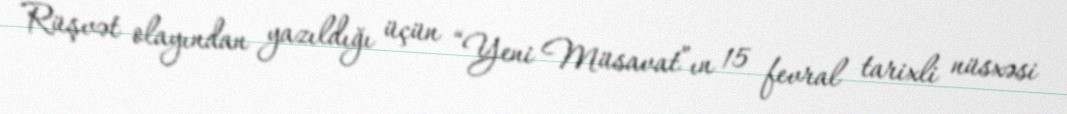
Rüşvət olayından yazıldığı üçün “Yeni Müsavat”ın 15 fevral tarixli nüsxəsi